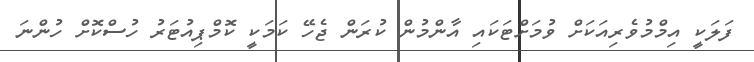
ފަލަކީ އިމްމުވެރިއަކަށް ވުމަށްޓަކައި އާންމުން ކުރަން ޖެހޭ ކަމަކީ ކޮމްޕިއުޓަރު ހުސްކޮށް ހުންނަ